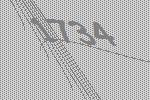
1734